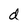
Character: d